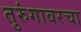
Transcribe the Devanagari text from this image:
तुरुंगावरचा